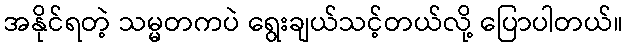
အနိုင်ရတဲ့ သမ္မတကပဲ ရွေးချယ်သင့်တယ်လို့ ပြောပါတယ်။